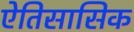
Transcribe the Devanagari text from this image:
ऐतिसासिक